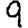
Digit: 9